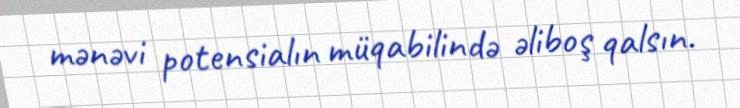
mənəvi potensialın müqabilində əliboş qalsın.